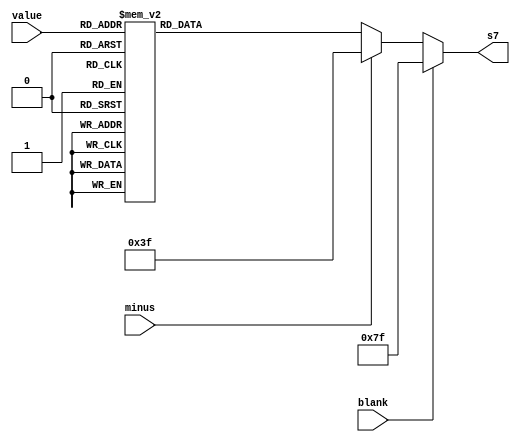
module hexledx (input  wire [3:0] value,
                input  wire       blank,
                input  wire       minus,
                output reg  [6:0] s7);
   always @*
      if (blank)
        s7 = ~7'b0000000;
      else if ( minus )
        s7 = ~7'b1000000;
      else case (value)
             4'h0: s7 = ~7'b0111111;
             4'h1: s7 = ~7'b0000110;
             4'h2: s7 = ~7'b1011011;
             4'h3: s7 = ~7'b1001111;
             4'h4: s7 = ~7'b1100110;
             4'h5: s7 = ~7'b1101101;
             4'h6: s7 = ~7'b1111101;
             4'h7: s7 = ~7'b0000111;
             4'h8: s7 = ~7'b1111111;
             4'h9: s7 = ~7'b1101111;
             4'hA: s7 = ~7'b1110111;
             4'hB: s7 = ~7'b1111100;
             4'hC: s7 = ~7'b0111001;
             4'hD: s7 = ~7'b1011110;
             4'hE: s7 = ~7'b1111001;
             4'hF: s7 = ~7'b1110001;
           endcase
endmodule